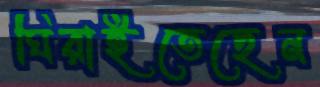
ঘিরাইতেছেন